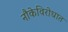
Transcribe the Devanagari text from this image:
नौकेविरोधात